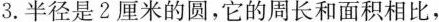
3.半径是2厘米的圆，它的周长和面积相比，